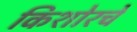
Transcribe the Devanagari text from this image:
किशोरचे